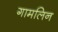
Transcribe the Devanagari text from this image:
गामलिन